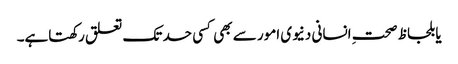
یا بلحاظ صحتِ انسانی دنیوی امور سے بھی کسی حد تک تعلق رکھتاہے۔